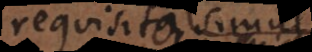
requisita sint